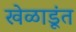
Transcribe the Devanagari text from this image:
खेळाडूंत